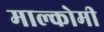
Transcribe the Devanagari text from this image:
माल्कोमी